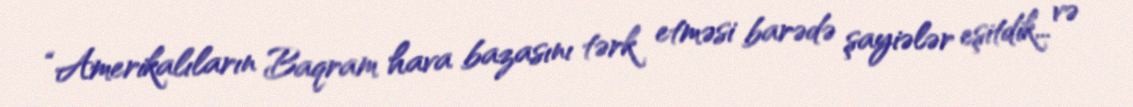
“Amerikalıların Baqram hava bazasını tərk etməsi barədə şayiələr eşitdik... və